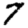
Digit: 7